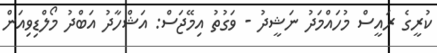
ކުރީގެ ރައީސް މުހައްމަދު ނަޝީދު - ވަގުތު އިމޭޖަސް: އަޝްހާދު އަބްދު މޯލްޑިވިއަން